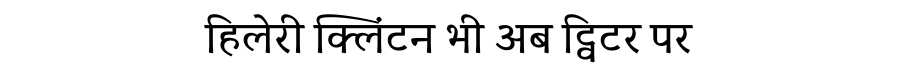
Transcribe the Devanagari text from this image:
हिलेरी क्लिंटन भी अब ट्विटर पर